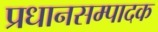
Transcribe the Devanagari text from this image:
प्रधानसम्पादक